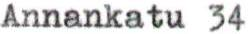
Annankatu 34